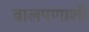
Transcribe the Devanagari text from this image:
बालपणाशी